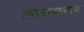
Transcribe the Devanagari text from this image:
लोचनगर